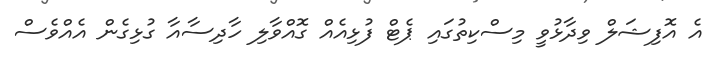
އެ އޮފިޝަލް ވިދާޅުވީ މިސްކިތުގައި ޕެޓް ފުޅިއެއް ގޮއްވާލި ހާދިސާއާ ގުޅިގެން އެއްވެސް